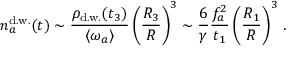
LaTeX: n _ { a } ^ { \mathrm { d . w . } } ( t ) \sim \frac { \rho _ { \mathrm { d . w . } } ( t _ { 3 } ) } { \langle \omega _ { a } \rangle } \left( \frac { R _ { 3 } } { R } \right) ^ { 3 } \sim \frac { 6 } { \gamma } \frac { f _ { a } ^ { 2 } } { t _ { 1 } } \left( \frac { R _ { 1 } } { R } \right) ^ { 3 } \, .